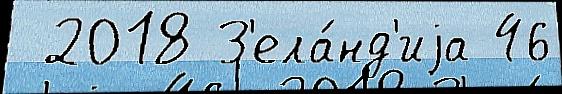
 2018 З'ела́нд'иjа 46